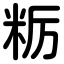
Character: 粝